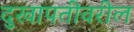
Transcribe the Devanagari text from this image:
दुखापतीवरील